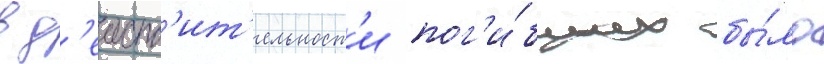
в д'еиств'ит'ельност'и пог'и́бших бы́ло